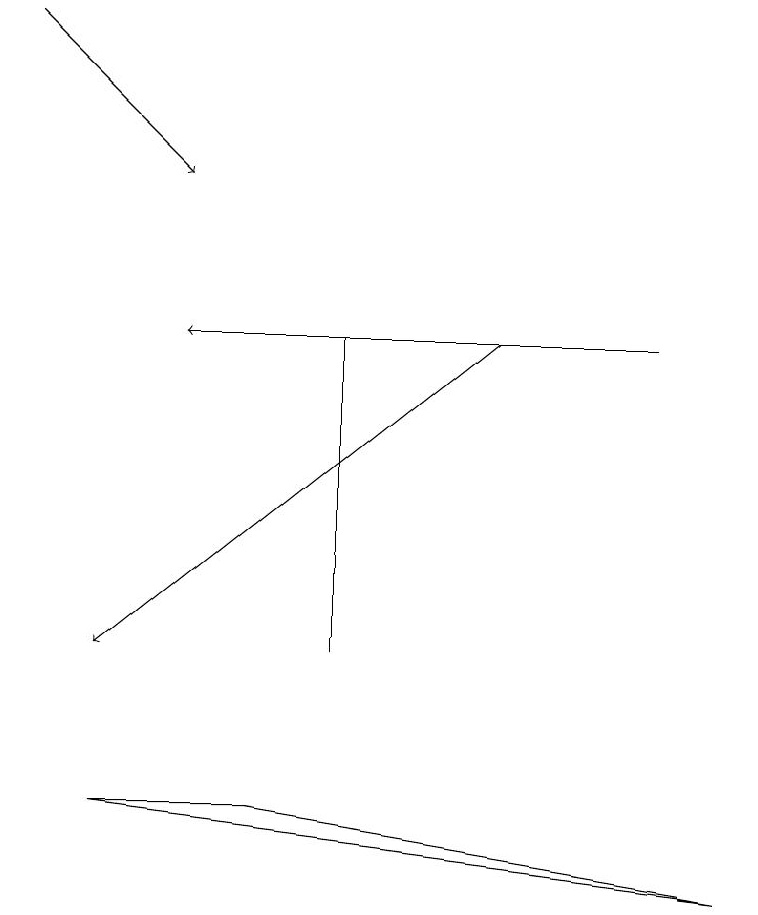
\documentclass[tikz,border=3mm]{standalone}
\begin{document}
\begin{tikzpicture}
\draw[->] (0,19) -- (2,17);
\draw (4,15) rectangle (4,11);
\draw[->] (8,15) -- (2,15);
\draw (3,9) -- (1,9) -- (9,8) -- cycle;
\draw[->] (6,15) -- (1,11);
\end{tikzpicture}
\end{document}